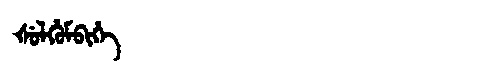
Manchu: ᡧᡠᠯᡥᡠᠮᠪᡳᡥᡝ
Romanization: ŠULHUMBIHE